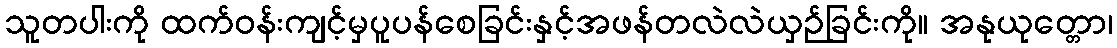
သူတပါးကို ထက်ဝန်းကျင့်မှပူပန်စေခြင်းနှင့်အဖန်တလဲလဲယှဉ်ခြင်းကို။ အနုယုတ္တော၊